Scottish Leaving Certificate Examination, 1958
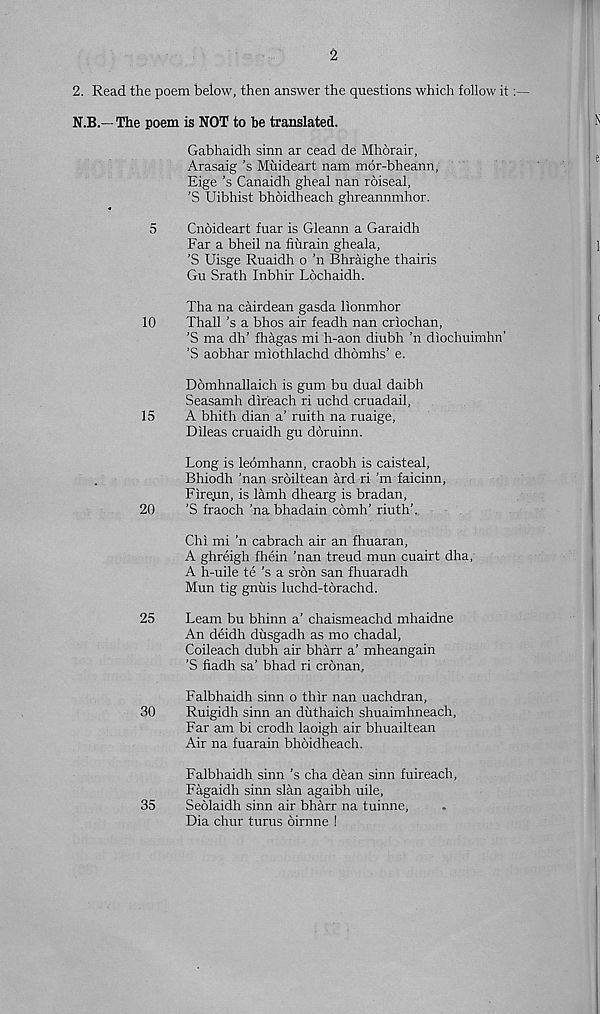
2
2. Read the poem below, then answer the questions which follow it
N.B.— The poem is NOT to be translated.
Gabhaidh sinn ar cead de Mhorair,
Arasaig’s Muideart nam mor-bheann;
Eige’s Canaidh gheal nan roiseal,
’S Uibhist bhoidheach ghreannmhor.
5
Cnoideart fuar is Gleann a Garaidh
Far a bheil na fiurain gheala,
’S Uisge Ruaidh o ’n Bhraighe thairis
Gu Srath Inbhir Lochaidh.
Tha na cairdean gasda lionmhor
10
Thall's a bhos air feadh nan criochan,
’S ma dh’ fhagas mi h-aon diubh ’n diochuimhn’
’S aobhar miothlachd dhomhs’ e.
Domhnallaich is gum bu dual daibh
Seasamh direach ri uchd cruadail,
15
A bhith dian a’ ruith na ruaige,
Dileas cruaidh gu dbruinn.
Long is leomhann, craobh is caisteal,
Bhiodh ’nan sroiltean ard ri’m faicinn,
Fire.un, is lamh dhearg is bradan,
20
’S fraoch ’na bhadain cdmh’ riuth'.
Chi mi ’n cabrach air an fhuaran,
A ghreigh fhein 'nan treud mun cuairt dha,
A h-uile te’s a srbn san fhuaradh
Mun tig gnuis luchd-torachd.
25
Leam bu bhinn a’ chaismeachd mhaidne
An deidh dusgadh as mo chadal,
Coileach dubh air bharr a’ mheangain
'S fiadh sa’ bhad ri cronan,
Falbhaidh sinn o thir nan uachdran,
30
Ruigidh sinn an duthaich shuaimhneach,
Far am bi crodh laoigh air bhuailtean
Air na fuarain bhbidheach.
Falbhaidh sinn’s cha dean sinn fuireach,
Fagaidh sinn slan agaibh uile,
35
Seolaidh sinn air bharr na tuinne,
Dia chur turns oirnne !